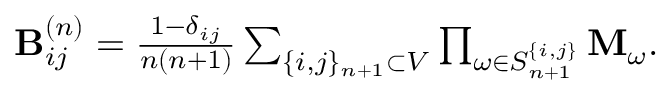
\begin{array} { r } { \mathbf { B } _ { i j } ^ { \left( n \right) } = \frac { 1 - \delta _ { i j } } { n \left( n + 1 \right) } \sum _ { \{ i , j \} _ { n + 1 } \subset V } \prod _ { \omega \in S _ { n + 1 } ^ { \{ i , j \} } } \mathbf { M } _ { \omega } . } \end{array}